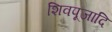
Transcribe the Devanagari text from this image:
शिवपूजादि